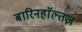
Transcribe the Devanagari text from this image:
बारिनहाॅल्तज़